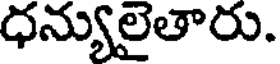
ధన్యులైతారు.